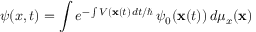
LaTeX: \psi ( x , t ) = \int e ^ { - \int V ( \mathbf { x } ( t ) \, d t / \hbar } \, \psi _ { 0 } ( \mathbf { x } ( t ) ) \, d \mu _ { x } ( \mathbf { x } )